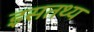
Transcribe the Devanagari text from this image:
इसतथ्य